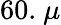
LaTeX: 60.~\mu